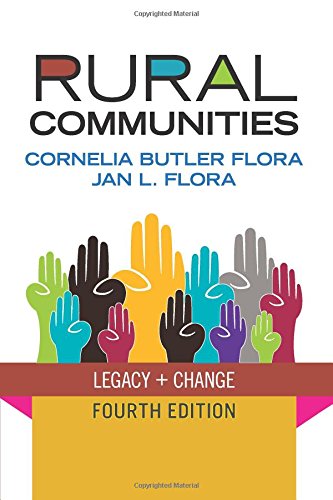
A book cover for Rural Communities: Legacy and Change; Cornelia Butler Flora; Politics & Social Sciences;